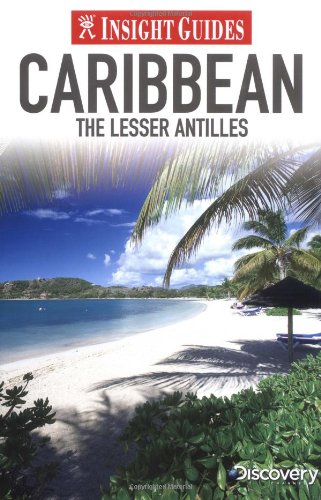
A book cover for Caribbean: The Lesser Antilles (Insight Guides); Insight Guides; Travel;